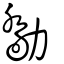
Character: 勪